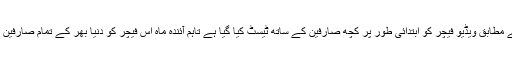
انسٹاگرام کے آفیشل کے مطابق ویڈیو فیچر کو ابتدائی طور پر کچھ صارفین کے ساتھ ٹیسٹ کیا گیا ہے تاہم آئندہ ماہ اس فیچر کو دنیا بھر کے تمام صارفین استعمال کر سکیں گے۔